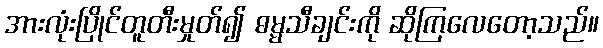
အားလုံးပြိုင်တူတီးမှုတ်၍ ဓမ္မသီချင်းကို ဆိုကြလေတော့သည်။